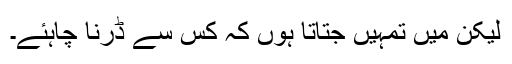
لیکن میں تمہیں جتاتا ہوں کہ کس سے ڈرنا چاہئے۔